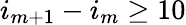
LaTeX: i_{m+1}-i_{m}\geq 10